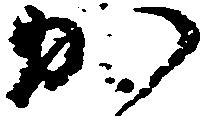
か